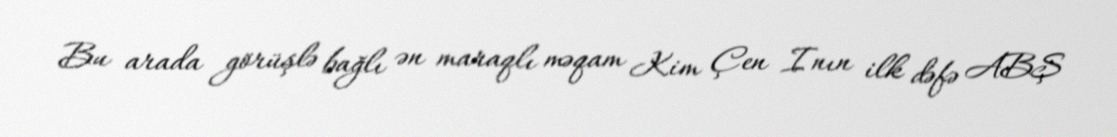
Bu arada görüşlə bağlı ən maraqlı məqam Kim Çen Inın ilk dəfə ABŞ